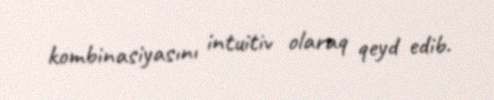
kombinasiyasını intuitiv olaraq qeyd edib.